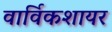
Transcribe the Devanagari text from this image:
वार्विकशायर